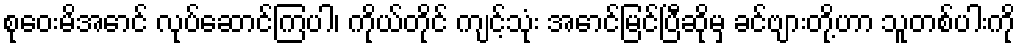
စုဝေးမိအောင် လုပ်ဆောင်ကြပါ၊ ကိုယ်တိုင် ကျင့်သုံး အောင်မြင်ပြီဆိုမှ ခင်ဗျားတို့ဟာ သူတစ်ပါးကို